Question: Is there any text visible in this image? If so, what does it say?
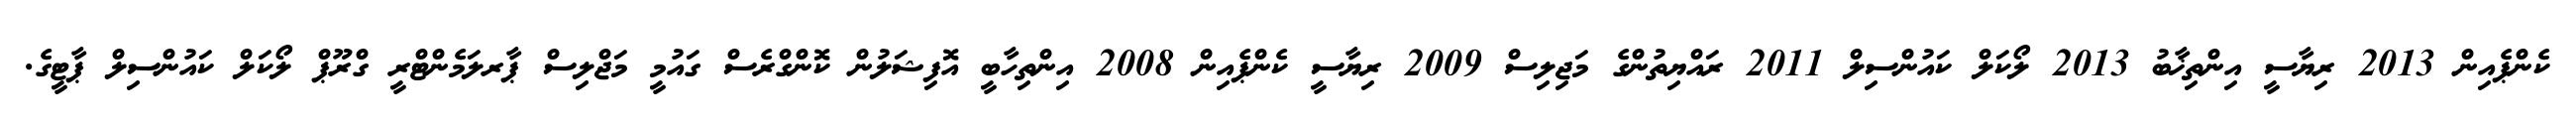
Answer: ކެންޕެއިން 2013 ރިޔާސީ އިންތިޚާބު 2013 ލޯކަލް ކައުންސިލް 2011 ރައްޔިތުންގެ މަޖިލިސް 2009 ރިޔާސީ ކެންޕެއިން 2008 އިންތިހާބީ އޮފިޝަލުން ކޮންގްރެސް ގައުމީ މަޖްލިސް ޕާރލަމެންޓްރީ ގްރޫޕް ލޯކަލް ކައުންސިލް ޕާޓީގެ.